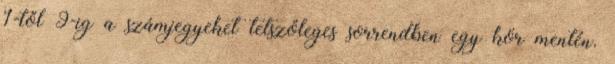
1-től 9-ig a számjegyeket tetszőleges sorrendben egy kör mentén.